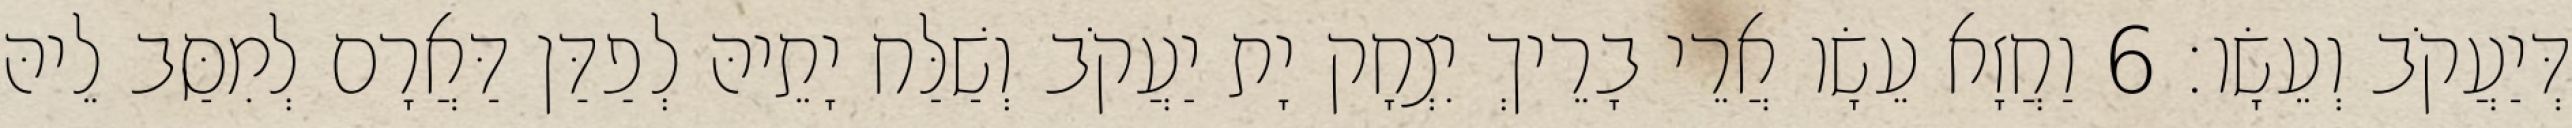
דְּיַעֲקֹב וְעֵשָׂו׃ 6 וַחֲזָא עֵשָׂו אֲרֵי בָרֵיךְ יִצְחָק יָת יַעֲקֹב וְשַׁלַּח יָתֵיהּ לְפַדַּן דַּאֲרָם לְמִסַּב לֵיהּ